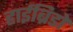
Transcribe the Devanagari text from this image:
हाईब्रिडों